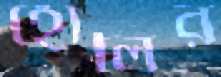
হোলির